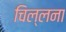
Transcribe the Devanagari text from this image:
चिल्लना